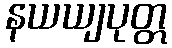
နယယျပုတ္တ